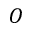
O